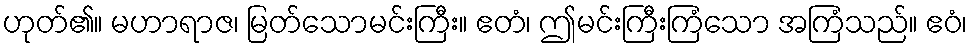
ဟုတ်၏။ မဟာရာဇ၊ မြတ်သောမင်းကြီး။ ဧတံ၊ ဤမင်းကြီးကြံသော အကြံသည်။ ဧဝံ၊